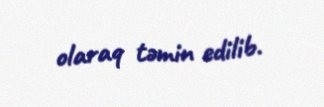
olaraq təmin edilib.